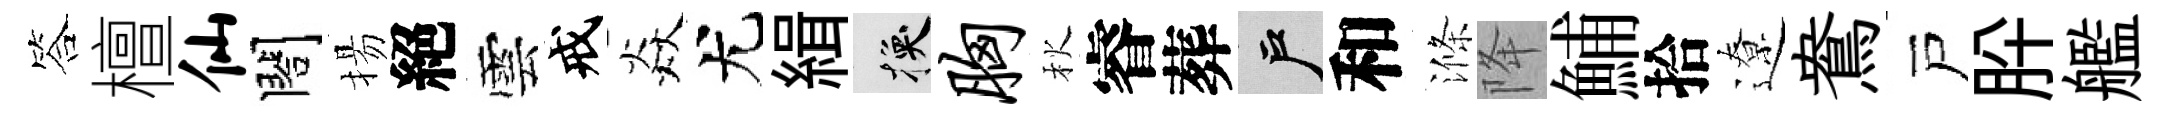
答檀仙閤揚絕雲戒焱尤緝换胸秋睿葬户和滌降鯆拾遼鴦戸肸艦